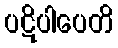
ပဋိပါပေတိ